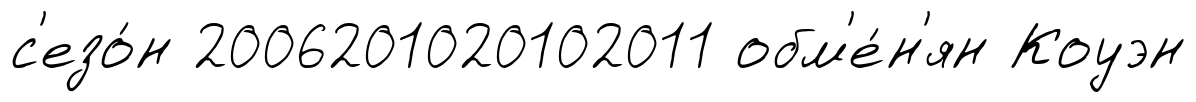
с'езо́н 2006201020102011 обм'е́н'ян Коуэн